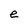
Character: e